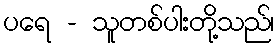
ပရေ - သူတစ်ပါးတို့သည်၊